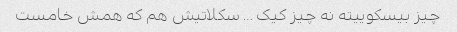
چیز بیسکوییته نه چیز کیک … سکلاتیش هم که همش خامست